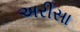
અરીસા